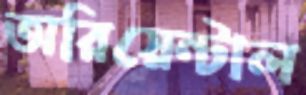
অরিয়েন্টাল